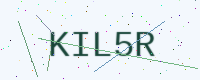
Text: KIL5R